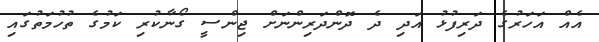
އެއް އަހަރުގެ ދަރިފުޅު އަދި ދެ ދޮންދަރިންނަށް ޖިންސީ ގޯނާކުރި ކަމުގެ ތުހުމަތުގައި